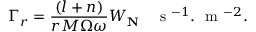
\Gamma _ { r } = \frac { \left( l + n \right) } { r M \Omega \omega } W _ { \mathbf { N } } \quad \textrm { s } ^ { - 1 } . ~ \textrm { m } ^ { - 2 } .